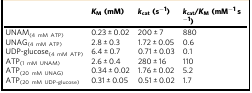
|  | KM (mM) | kcat (s−1) | kcat/KM (mM−1 s−1) |
 | --- | --- | --- | --- |
 | UNAM(4 mM ATP) | 0.23 ± 0.02 | 200 ± 7 | 880 |
 | UNAG(4 mM ATP) | 2.8 ± 0.3 | 1.72 ± 0.05 | 0.6 |
 | UDP-glucose(4 mM ATP) | 6.4 ± 0.7 | 0.71 ± 0.03 | 0.1 |
 | ATP(1 mM UNAM) | 2.6 ± 0.4 | 280 ± 16 | 110 |
 | ATP(20 mM UNAG) | 0.34 ± 0.02 | 1.76 ± 0.02 | 5.2 |
 | ATP(20 mM UDP-glucose) | 0.31 ± 0.05 | 0.51 ± 0.02 | 1.7 |